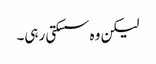
لیکن وہ سسکتی رہی۔